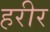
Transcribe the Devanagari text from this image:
हरीर